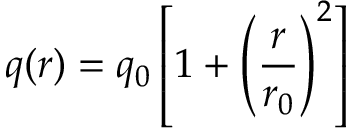
q ( r ) = q _ { 0 } \left[ 1 + \left( \frac { r } { r _ { 0 } } \right) ^ { 2 } \right]